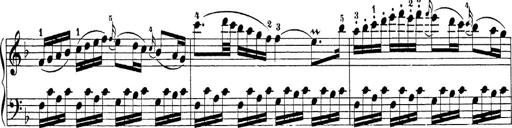
Title: Sonatina Album
Composer: Louis KÃ¶hler